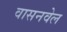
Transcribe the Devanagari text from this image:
वासनवेल